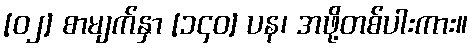
[၀၂] စာမျက်နှာ [၁၄၀] ပန၊ အဖို့တစ်ပါးကား။